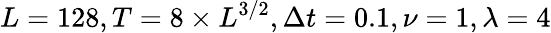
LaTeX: L=128,T=8\times L^{3/2},\Delta t=0.1,\nu=1,\lambda=4